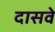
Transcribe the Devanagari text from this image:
दासवे